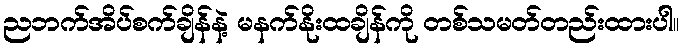
ညဘက်အိပ်စက်ချိန်နဲ့ မနက်နိုးထချိန်ကို တစ်သမတ်တည်းထားပါ။